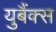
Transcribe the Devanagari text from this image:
युबैंक्स